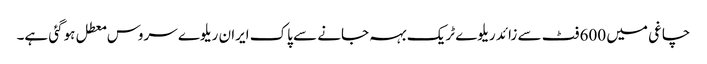
چاغی میں 600 فٹ سے زائد ریلوے ٹریک بہہ جانے سے پاک ایران ریلوے سروس معطل ہوگئی ہے۔